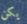
يكن